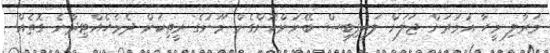
މަރާލި މީހާ އުމުރަށް ޖަލަށް ލައިފިބިސް ބޭނުންކޮށްގެން މޫނުގެ ރީތިކަން ދެމެހެއްޓިދާނެ ގޮތެއް